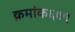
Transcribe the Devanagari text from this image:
क्रमांक६७९